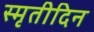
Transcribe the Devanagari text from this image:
स्मृतीदिन